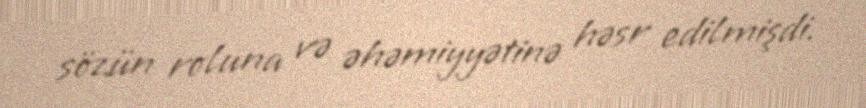
sözün roluna və əhəmiyyətinə həsr edilmişdi.